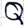
Text: Q